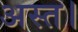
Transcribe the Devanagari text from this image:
अस्त।